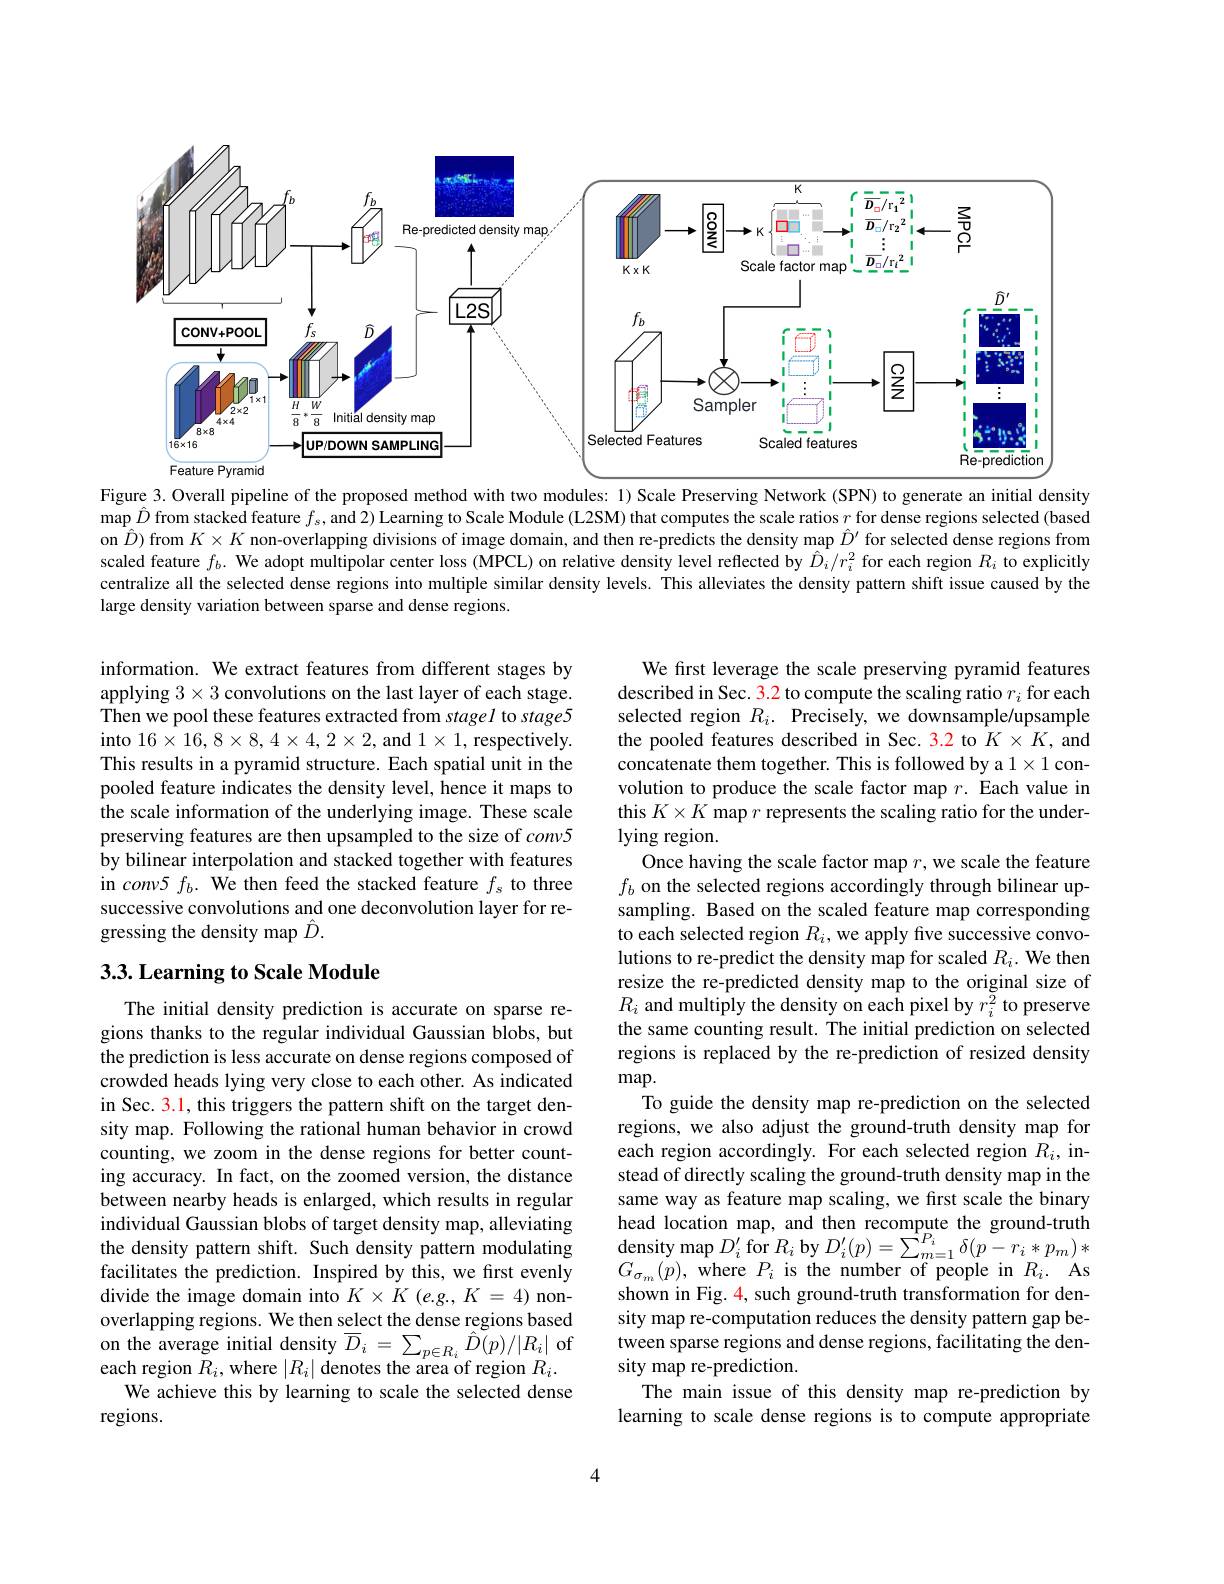
<FigureHere>
Figure 3. Overall pipeline of the proposed method with two modules: 1) Scale Preserving Network (SPN) to generate an initial density

map $\hat{D}$ from stacked feature $f_s$, and 2) Learning to Scale Module (L2SM) that computes the scale ratios $r$ for dense regions selected (based on $\hat{D}$) from $K\times K$ non-overlapping divisions of image domain, and then re-predicts the density map $\hat{D}^{\prime}$ for selected dense regions from scaled feature $f_b.$ We adopt multipolar center loss (MPCL) on relative density level reflected by $\hat{D}_i/r_i^2$ for each region $R_i$ to explicitly centralize all the selected dense regions into multiple similar density levels. This alleviates the density pattern shift issue caused by the large density variation between sparse and dense regions.

information. We extract features from different stages by applying $3\times3$ convolutions on the last layer of each stage. Then we pool these features extracted from stagel to stage5 into $16\times16,8\times8,4\times4,2\times2$, and $1\times1$, respectively. This results in a pyramid structure. Each spatial unit in the pooled feature indicates the density level, hence it maps to the scale information of the underlying image. These scale preserving features are then upsampled to the size of conv5 by bilinear interpolation and stacked together with features in conv5 $f_b.$ We then feed the stacked feature $f_s$ to three successive convolutions and one deconvolution layer for regressing the density map $\hat{D}.$

## 3.3. Learning to Scale Module

We first leverage the scale preserving pyramid features described in Sec. 3.2 to compute the scaling ratio $r_i$ for each selected region $R_i.$ Precisely, we downsample/upsample the pooled features described in Sec. 3.2 to $K\times K$, and concatenate them together. This is followed by a 1 convolution to produce the scale factor map $r.$ Each value in this $K\times K$ map $r$ represents the scaling ratio for the underlying region.
Once having the scale factor map $r$, we scale the feature $f_b$ on the selected regions accordingly through bilinear upsampling. Based on the scaled feature map corresponding to each selected region $R_i$, we apply five successive convolutions to re-predict the density map for scaled $R_i.$ We then resize the re-predicted density map to the original size of $R_i$ and multiply the density on each pixel by $r_i^{\tilde{2}}$ to preserve the same counting result. The initial prediction on selected regions is replaced by the re-prediction of resized density $\max.$
To guide the density map re-prediction on the selected regions, we also adjust the ground-truth density map for each region accordingly. For each selected region $R_i$, instead of directly scaling the ground-truth density map in the same way as feature map scaling, we first scale the binary head location map, and then recompute the ground-truth $\operatorname*{density}\operatorname*{map}D_{i}^{\prime}\operatorname{for}R_{i}\operatorname{by}D_{i}^{\prime}(p)=\overset{\cdot}{\operatorname*{\sum}}_{m=1}^{P_{i}}\delta(p-r_{i}*p_{m})*$ $G_{\sigma_{m}}(\tilde{p})$,where $P_i$ is the number of people in $R_i.$ As shown in Fig. 4, such ground-truth transformation for density map re-computation reduces the density pattern gap between sparse regions and dense regions, facilitating the density map re-prediction.
The main issue of this density map re-prediction by learning to scale dense regions is to compute appropriate

The initial density prediction is accurate on sparse regions thanks to the regular individual Gaussian blobs, but the prediction is less accurate on dense regions composed of crowded heads lying very close to each other. As indicated in Sec. 3.1, this triggers the pattern shift on the target density map. Following the rational human behavior in crowd counting, we zoom in the dense regions for better counting accuracy. In fact, on the zoomed version, the distance between nearby heads is enlarged, which results in regular individual Gaussian blobs of target density map, alleviating the density pattern shift. Such density pattern modulating facilitates the prediction. Inspired by this, we first evenly divide the image domain into $K\times K$ (e.g., $K=4)$ nonoverlapping regions. We then select the dense regions based on the average initial density $\overline{D}_i=\sum_{p\in R_i}\hat{D}(p)/|R_i|$ of each region $R_i$,where $|R_i|$ denotes the area of region $R_i.$
We achieve this by learning to scale the selected dense
regions.

4